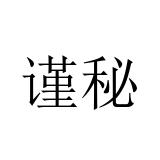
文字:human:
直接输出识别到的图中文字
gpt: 谨秘